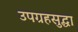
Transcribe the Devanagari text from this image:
उपग्रहसुद्धा